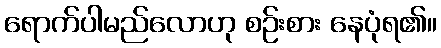
ရောက်ပါမည်လောဟု စဉ်းစား နေပုံရ၏။